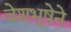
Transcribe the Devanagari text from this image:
वेशभूषेने